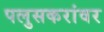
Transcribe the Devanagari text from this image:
पलुसकरांवर